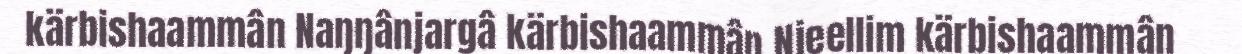
kärbishaammân Naŋŋânjargâ kärbishaammân Njeellim kärbishaammân